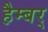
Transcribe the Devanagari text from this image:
हैम्बर्